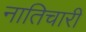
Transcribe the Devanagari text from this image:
नातिचारी